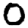
Digit: 0